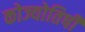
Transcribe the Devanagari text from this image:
कोज्योतिषी